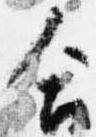
合